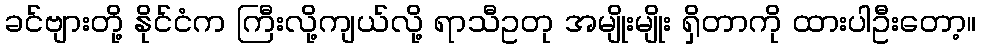
ခင်ဗျားတို့ နိုင်ငံက ကြီးလို့ကျယ်လို့ ရာသီဥတု အမျိုးမျိုး ရှိတာကို ထားပါဦးတော့။